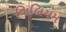
ગિલિયમ